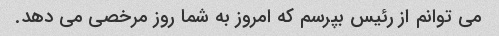
می توانم از رئیس بپرسم که امروز به شما روز مرخصی می دهد.